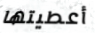
أعطيتها